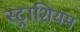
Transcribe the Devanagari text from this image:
स्ट्राशियम